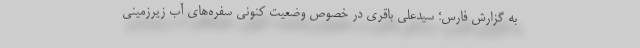
به گزارش فارس؛ سیدعلی باقری در خصوص وضعیت کنونی سفره‌های آب زیرزمینی